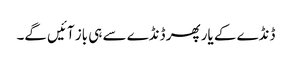
ڈنڈے کے یار پھر ڈنڈے سے ہی باز آئیں گے۔